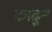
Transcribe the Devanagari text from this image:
काढू्न